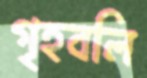
গৃহবলি